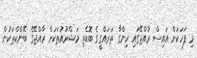
މި ފަހަކަށް އައިސް ރާއްޖޭގައި ހިންގާ ތަރައްގީގެ ބޮޑެތި މަޝްރޫއުތަކަށް ރާއްޖޭގެ ބޭންކްތަކުން